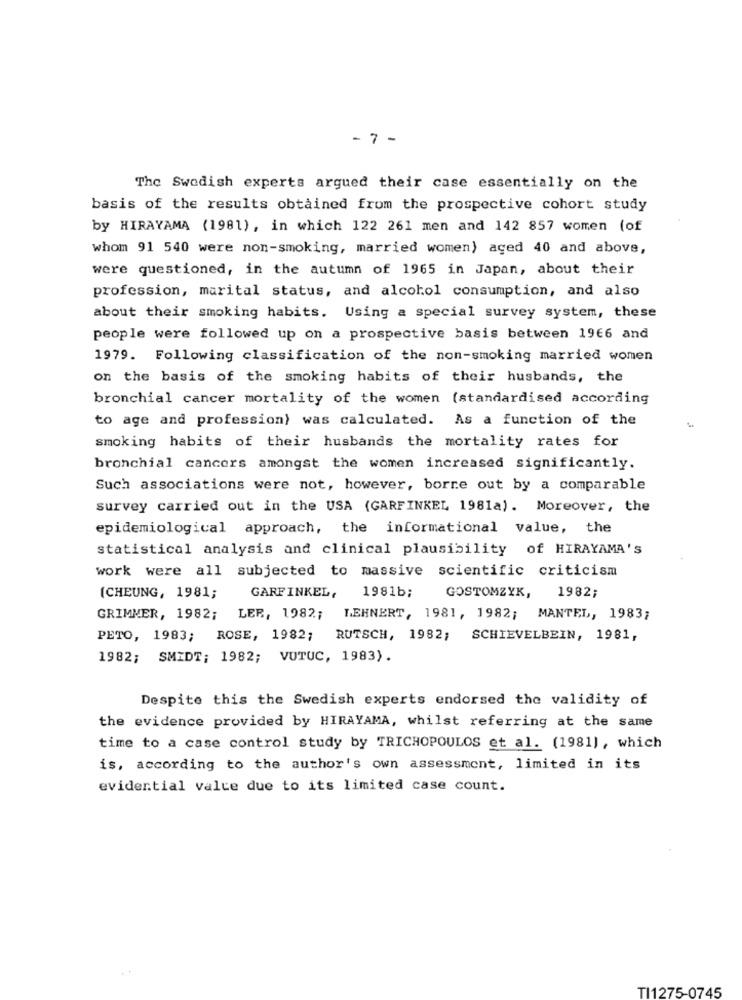
- 7 -
The Swedish experts argued their case essentially on the
basis of the results obtained from the prospective cohort study
by HIRAYAMA (1981), in which 122 261 men and 142 857 women (of
whom 91 540 were non-smoking, married women) aged 40 and above,
were questioned, in the autumn of 1965 in Japan, about their
profession, marital status, and alcohol consumption, and also
about their smoking habits. Using a special survey system, these
people were followed up on a prospective basis between 1966 and
1979. Following classification of the non-smoking married women
on the basis of the smoking habits of their husbands, the
bronchial cancer mortality of the women (standardised according
to age and profession) was calculated. As a function of the
smoking habits of their husbands the mortality rates for
bronchial cancers amongst the women increased significantly.
Such associations were not, however, borre out by a comparable
survey carried out in the USA (GARFINKEL 1981a). Moreover, the
epidemiological approach, the informational value, the
statistical analysis and clinical plausibility of HIRAYAMA'S
work were all subjected to massive scientific criticism
(CHEUNG, 1981;
GARFINKEL,
1981b;
GOSTOMZYK, 1982;
GRIMMER, 1982; LER, 1982;
LEHNERT, 1981, 1982; MANTEL, 1983;
PETO, 1983; ROSE, 1982;
RUTSCH, 1982; SCHIEVELBEIN, 1981,
1982; SMIDT; 1982; VUTUC, 1983).
Despite this the Swedish experts endorsed the validity of
the evidence provided by HIRAYAMA, whilst referring at the same
time to a case control study by TRICHOPOULOS et al. (1981), which
is, according to the author's own assessment, limited in its
evidential value due to its limited case count.
TI1275-0745